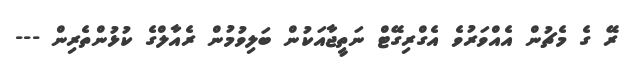
ރޭ ގެ މެޗުން އެއްވަރުވެ އެގްރިގޭޓް ނަތީޖާއަކުން ބަލިވުމުން ރެއާލްގެ ކުޅުންތެރިން ---